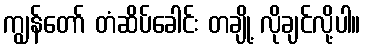
ကျွန်တော် တံဆိပ်ခေါင်း တချို့ လိုချင်လို့ပါ။